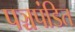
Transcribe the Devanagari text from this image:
पञ्चपंडित